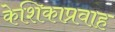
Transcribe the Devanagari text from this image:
केशिकाप्रवाह